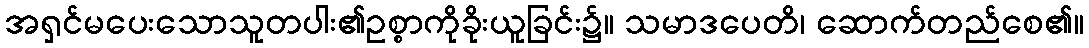
အရှင်မပေးသောသူတပါး၏ဥစ္စာကိုခိုးယူခြင်း၌။ သမာဒပေတိ၊ ဆောက်တည်စေ၏။